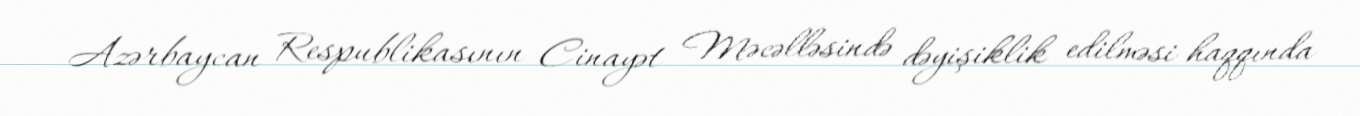
Azərbaycan Respublikasının Cinayət Məcəlləsində dəyişiklik edilməsi haqqında